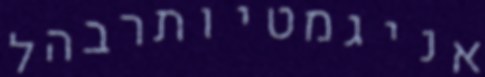
אניגמטיותרבהל